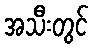
အသီးတွင်